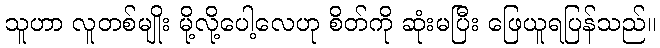
သူဟာ လူတစ်မျိုး မို့လို့ပေါ့လေဟု စိတ်ကို ဆုံးမပြီး ဖြေယူရပြန်သည်။